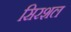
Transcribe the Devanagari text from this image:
सिरशल